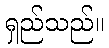
ရှည်သည်။